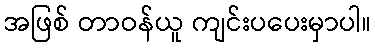
အဖြစ် တာဝန်ယူ ကျင်းပပေးမှာပါ။